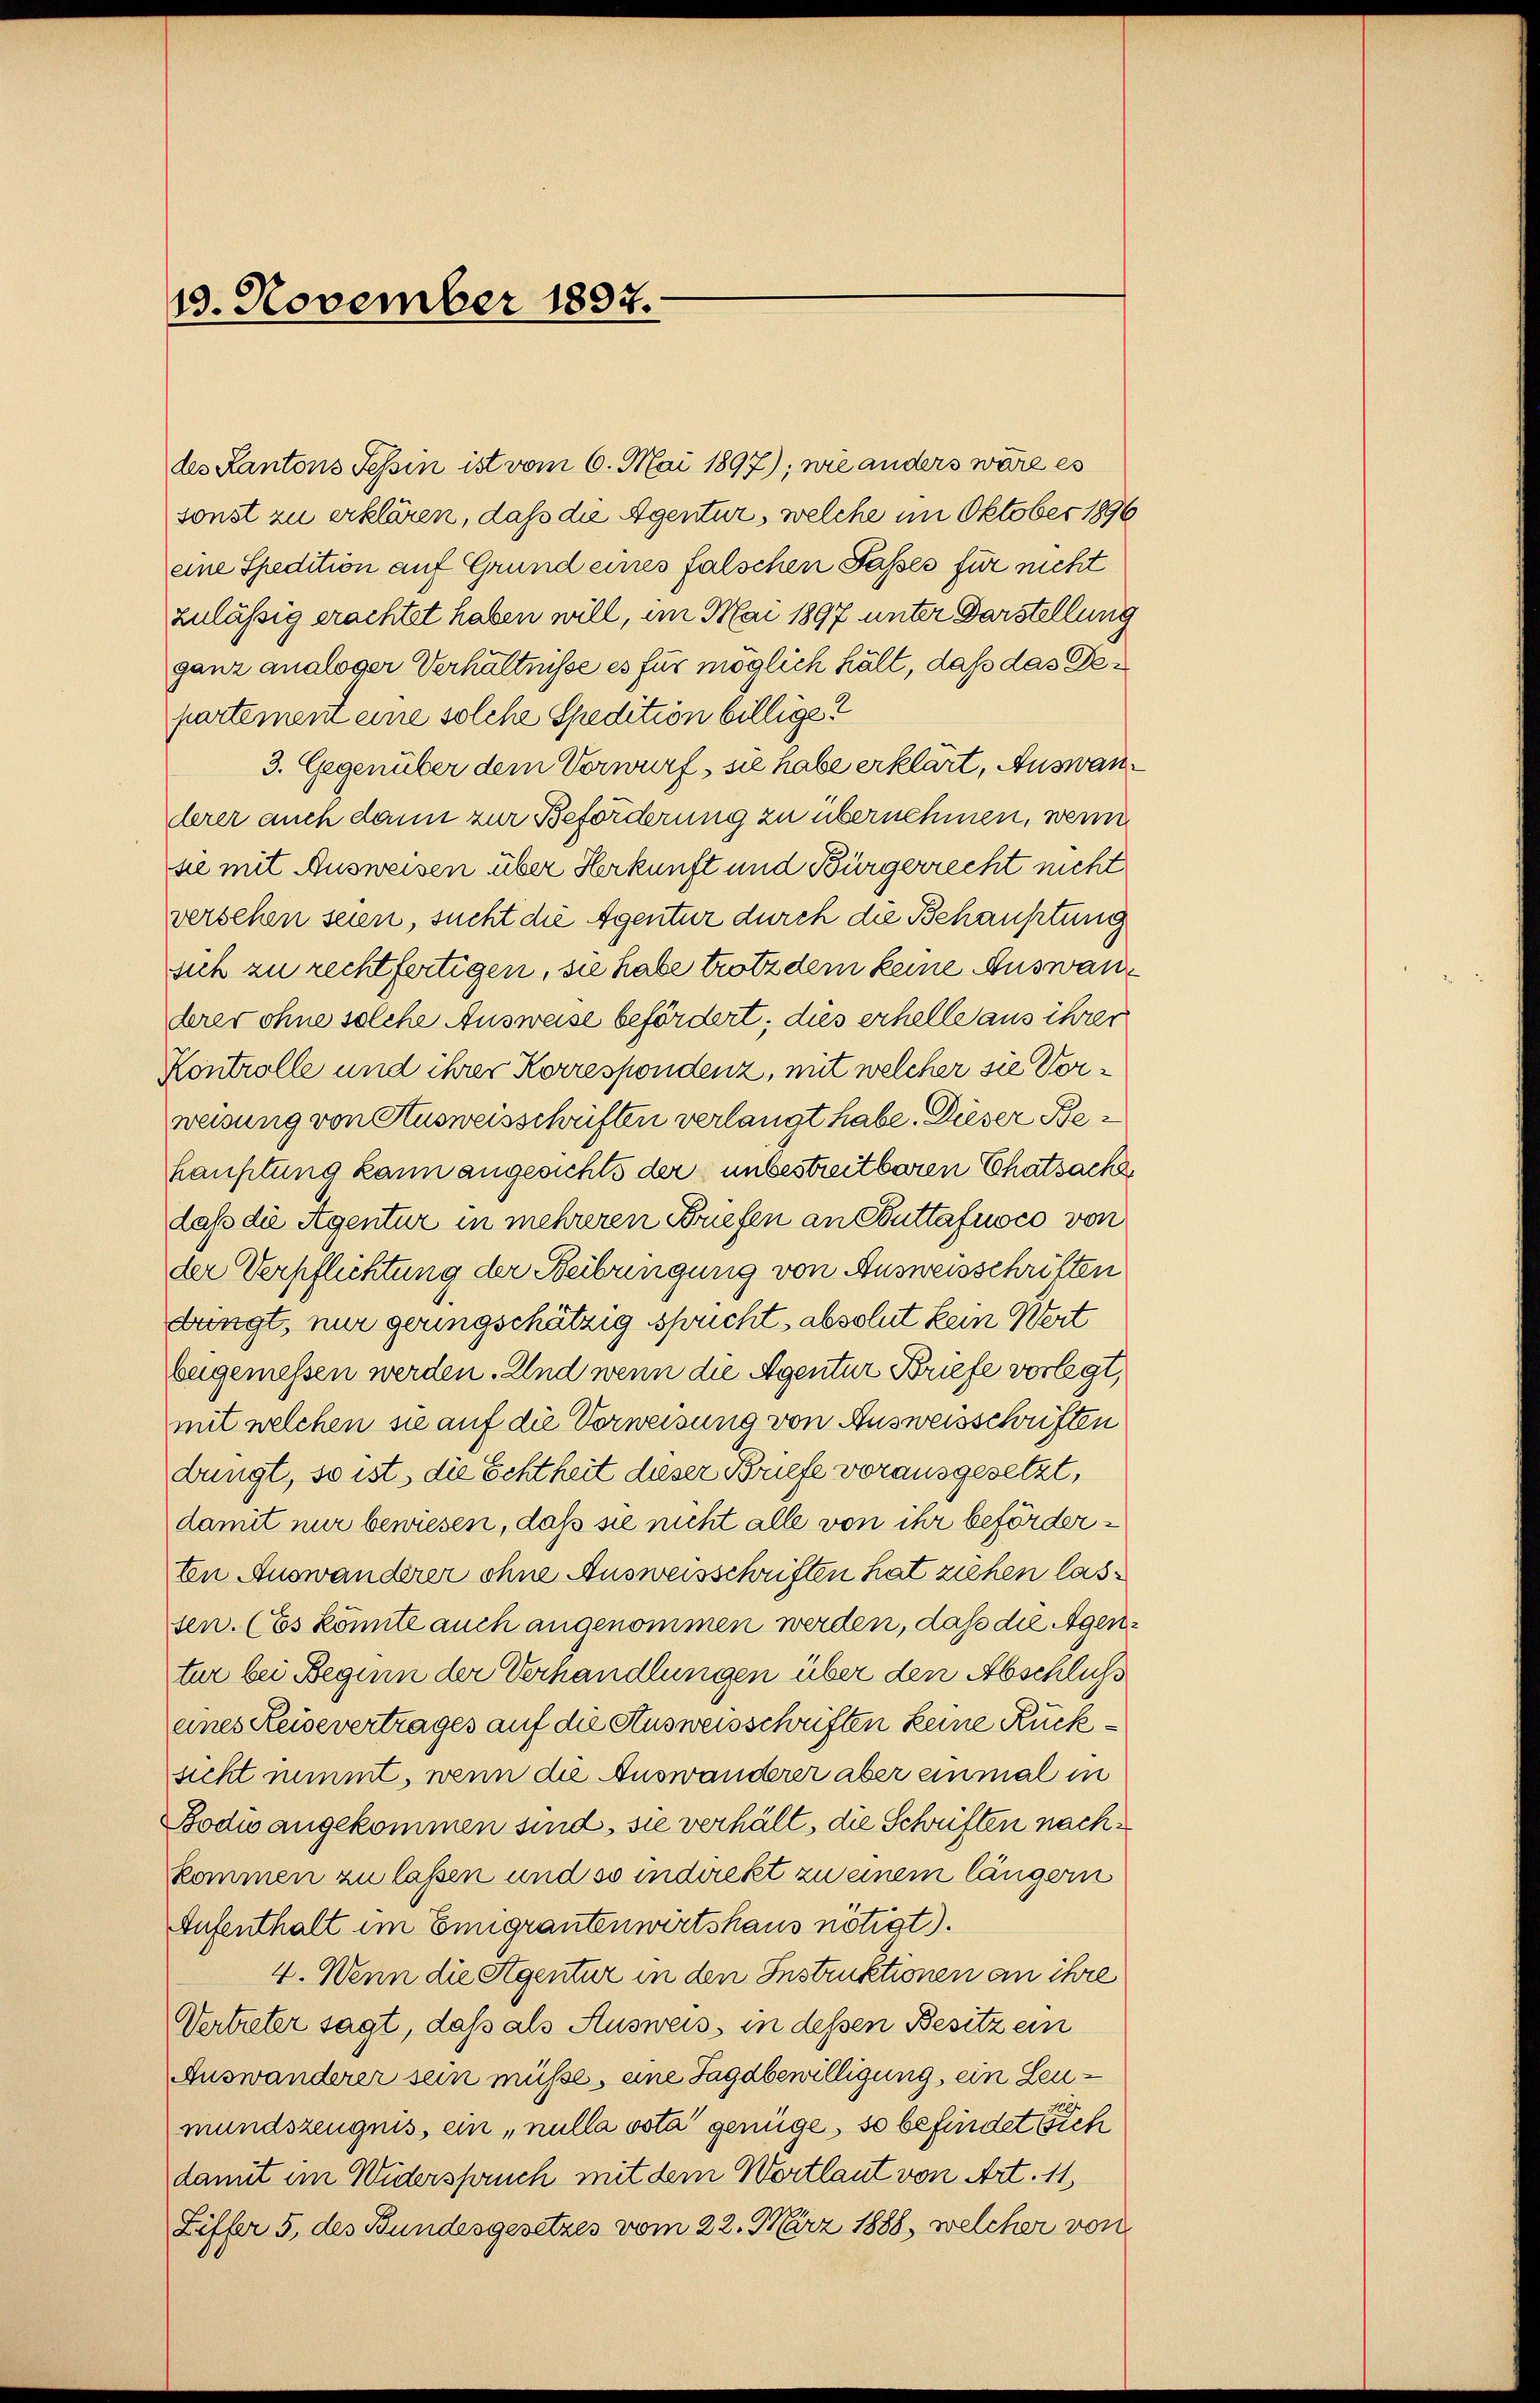
19. November 1897.

des Kantons Tessin ist vom 6. Mai 1897); wie anders wäre es
sonst zu erklären, daß die Agentur, welche im Oktober 1896
eine Spedition auf Grund eines falschen Passes für nicht
zulässig erachtet haben will, im Mai 1897 unter Darstellung
ganz analoger Verhältnisse es für möglich hält, daß das Departement eine solche Spedition billige?
3. Gegenüber dem Vorwurf, sie habe erklärt, Auswanderer auch dann zur Beförderung zu übernehmen, wenn
sie mit Ausweisen über Herkunft und Bürgerrecht nicht
versehen seien, sucht die Agentur durch die Behauptung
sich zu rechtfertigen, sie habe trotz dem keine Auswanderer ohne solche Ausweise befördert; dies erhelle aus ihrer
Kontrolle und ihrer Korrespondenz, mit welcher sie Vorweisung von Ausweisschriften verlangt habe. Dieser Behauptung kann angesichts der unbestreitbaren Chatsache
daß die Agentur in mehreren Briefen an Buttafuoco von
der Verpflichtung der Beibringung von Ausweisschriften
bringt, nur geringschätzig spricht, absolut kein Wert
beigemessen werden. Und wenn die Agentur Briefe vorlegt,
mit welchen sie auf die Vorweisung von Ausweisschriften
dingt, so ist, die Echtheit dieser Briefe vorausgesetzt,
damit nur bewiesen, daß sie nicht alle von ihr beförderten Auswanderer ohne Ausweisschriften hat ziehen lassen. (Es könnte auch angenommen werden, daß die Agentur bei Beginn der Verhandlungen über den Abschluß
eines Reisevertrages auf die Ausweisschriften keine Rücksicht nimmt, wenn die Auswanderer aber einmal in
Bodwangekommen sind, sie verhält, die Schriften nachkommen zu laßen und so indirekt zu einem längern
Aufenthalt im Eingrantenwirtshaus nötigt).
4. Wenn die Agentur in den Instruktionen an ihre
Vertreter sagt, daß als Ausweis, in dessen Besitz ein
Auswanderer sein müsse, eine Jagdbewilligung, ein Leumundszeugnis, ein „nulla osta genüge, so befindet sich
damit im Widerspruch mit dem Wortlaut von Art. 11,
Ziffer 5. des Bundesgesetzes vom 22. März 1888, welcher von